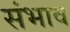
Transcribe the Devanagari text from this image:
संभाव